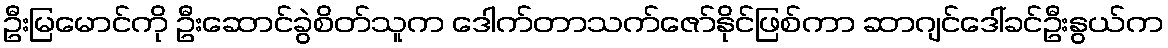
ဦးမြမောင်ကို ဦးဆောင်ခွဲစိတ်သူက ဒေါက်တာသက်ဇော်နိုင်ဖြစ်ကာ ဆာဂျင်ဒေါ်ခင်ဦးနွယ်က